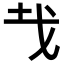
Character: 𢦏